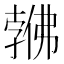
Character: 𱏎